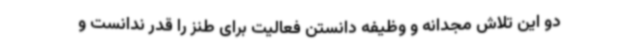
دو این تلاش مجدانه و وظیفه دانستن فعالیت برای طنز را قدر ندانست و